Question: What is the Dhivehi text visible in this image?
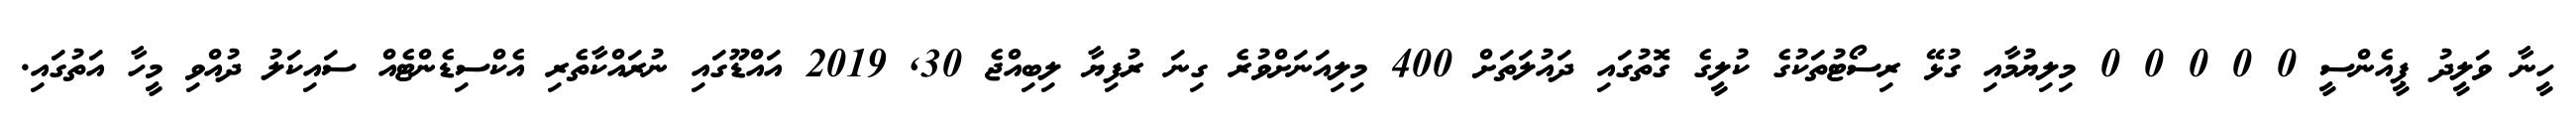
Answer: ހީނާ ވަލީދު ޕީއެންސީ 0 0 0 0 0 މިލިޔުމާއި ގުޅޭ ރިސޯޓުތަކުގެ ކުލީގެ ގޮތުގައި ދައުލަތަށް 400 މިލިއަނަށްވުރެ ގިނަ ރުފިޔާ ލިބިއްޖެ 30, 2019 އައްޑޫގައި ނުރައްކާތެރި އެކްސިޑެންޓެއް ސައިކަލު ދުއްވި މީހާ އަތުގައި.